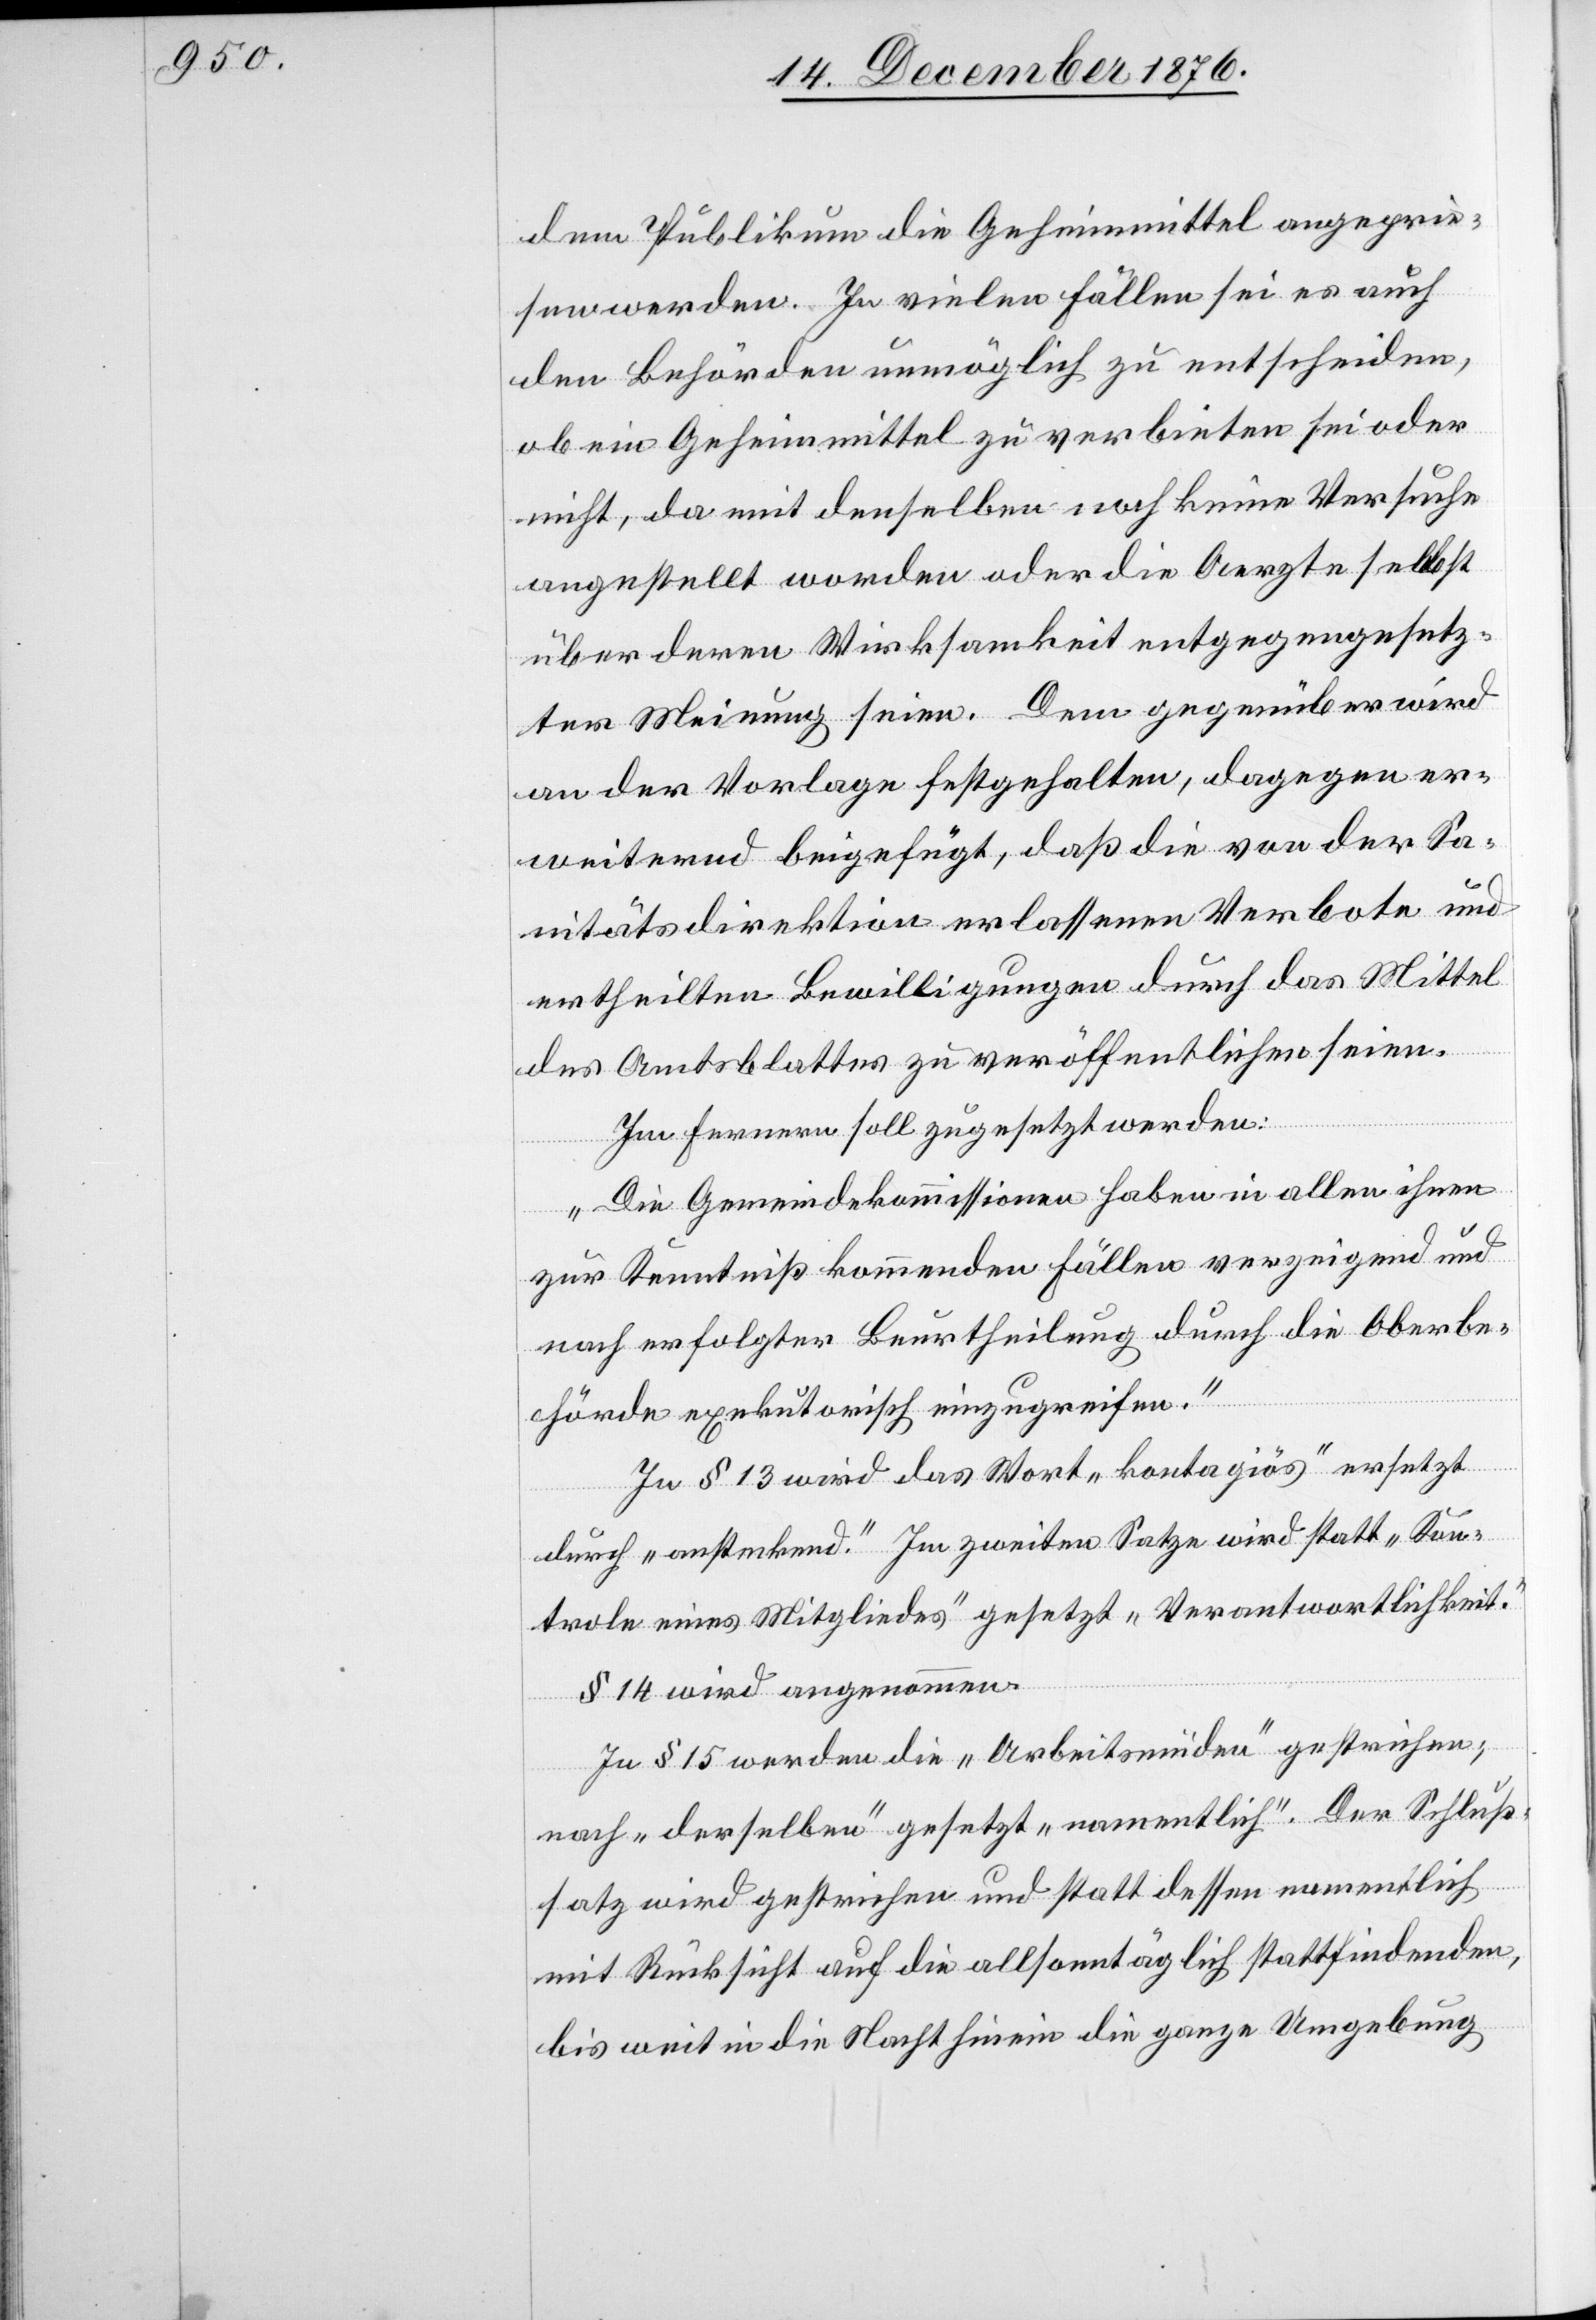
dem Publikum die Geheimmittel angeprie¬
sen werden. In vielen Fällen sei es auch
den Behörden unmöglich zu entscheiden,
ob ein Geheimmittel zu verbieten sei oder
nicht, da mit denselben noch keine Versuche
angestellt worden oder die Aerzte selbst
über deren Wirksamkeit entgegengesetz¬
ter Meinung seien. Dem gegenüber wird
an der Vorlage festgehalten, dagegen er¬
weiternd beigefügt, daß die von der Sa¬
nitätsdirektion erlassenen Verbote und
ertheilten Bewilligungen durch das Mittel
des Amtsblattes zu veröffentlichen seien.
Im Fernern soll zugesetzt werden:
„Die Gemeindekommissionen haben in allen ihnen
zur Kenntniß kommenden Fällen verzeigend und
nach erfolgter Beurtheilung durch die Oberbe¬
hörde exekutorisch einzugreifen.“
In § 13 wird das Wort „kontagiös“ ersetzt
durch „ansteckend.“ Im zweiten Satze wird statt „Kon¬
trole eines Mitgliedes“ gesetzt „Verantwortlichkeit.“
§ 14 wird angenommen.
In § 15 werden die „Arbeitsmüden“ gestrichen;
nach „derselben“ gesetzt „namentlich“. Der Schluß¬
satz wird gestrichen und statt dessen namentlich
mit Rücksicht auf die allsonntäglich stattfindenden,
bis weit in die Nacht hinein die ganze Umgebung